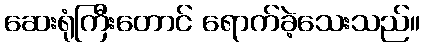
ဆေးရုံကြီးတောင် ရောက်ခဲ့သေးသည်။